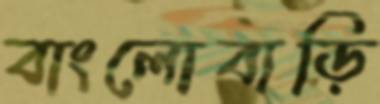
বাংলোবাড়ি